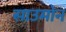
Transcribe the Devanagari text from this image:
साउमोन